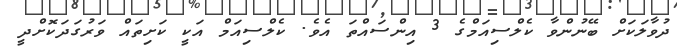
ދުވާލަކަށް ބޭނުންވާ ކެލްސިއަމްގެ 3 އިންސައްތަ އެވެ. ކެލްސިއަމް އަކީ ކަށިތައް ވަރުގަދަކޮށްދީ